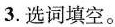
3.选词填空。